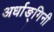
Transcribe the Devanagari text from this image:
अर्धाङ्गिनी